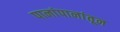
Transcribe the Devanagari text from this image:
पानांपानांतून